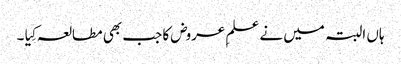
ہاں البتہ میں نے علمِ عروض کا جب بھی مطالعہ کِیا ۔